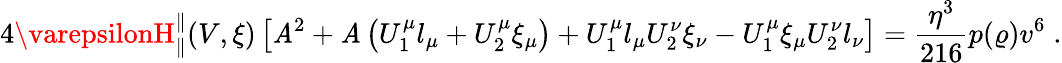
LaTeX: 4\varepsilonH_{\parallel}^{\parallel}(V,\xi)\left[\mathit{A}^{2}+\mathit{A}\left(U_{1}^{\mu}l_{\mu}+U_{2}^{\mu}\xi_{\mu}\right)+U_{1}^{\mu}l_{\mu}U_{2}^{\nu}\xi_{\nu}-U_{1}^{\mu}\xi_{\mu}U_{2}^{\nu}l_{\nu}\right]=\frac{{\eta^{3}}}{{216}}p(\varrho)v^{6}\; .